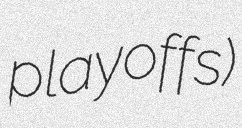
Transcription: playoffs)